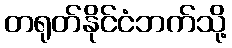
တရုတ်နိုင်ငံဘက်သို့